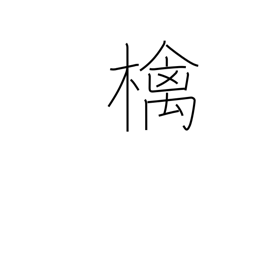
Meaning: apple